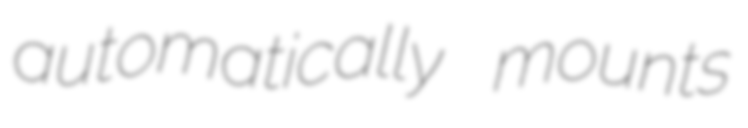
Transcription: automatically mounts